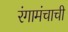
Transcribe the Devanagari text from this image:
रंगामंचाची